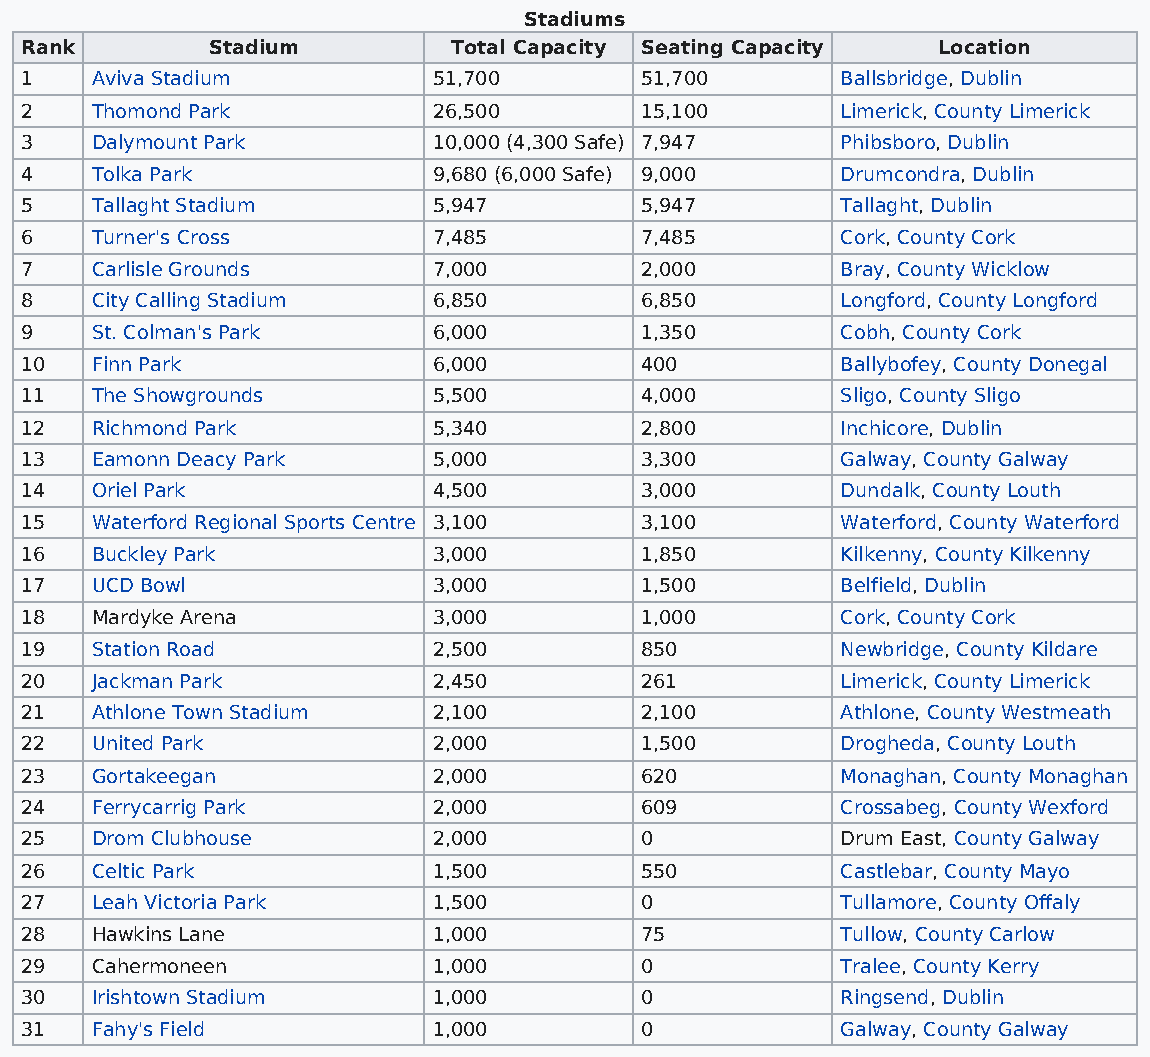
Stadiums
 Rank         Stadium         Total Capacity Seating Capacity Location
 1    Aviva Stadium          51,700       51,700        Ballsbridge, Dublin
 2    Thomond Park           26,500       15,100        Limerick, County Limerick
 3    Dalymount Park         10,000 (4,300 Safe) 7,947  Phibsboro, Dublin
 4    Tolka Park             9,680 (6,000 Safe) 9,000   Drumcondra, Dublin
 5    Tallaght Stadium       5,947        5,947         Tallaght, Dublin
 6    Turner's Cross         7,485        7,485         Cork, County Cork
 7    Carlisle Grounds       7,000        2,000         Bray, County Wicklow
 8    City Calling Stadium   6,850        6,850         Longford, County Longford
 9    St. Colman's Park      6,000        1,350         Cobh, County Cork
 10   Finn Park              6,000        400           Ballybofey, County Donegal
 11   The Showgrounds        5,500        4,000         Sligo, County Sligo
 12   Richmond Park          5,340        2,800         Inchicore, Dublin
 13   Eamonn Deacy Park      5,000        3,300         Galway, County Galway
 14   Oriel Park             4,500        3,000         Dundalk, County Louth
 15   Waterford Regional Sports Centre 3,100 3,100      Waterford, County Waterford
 16   Buckley Park           3,000        1,850         Kilkenny, County Kilkenny
 17   UCD Bowl               3,000        1,500         Belfield, Dublin
 18   Mardyke Arena          3,000        1,000         Cork, County Cork
 19   Station Road           2,500        850           Newbridge, County Kildare
 20   Jackman Park           2,450        261           Limerick, County Limerick
 21   Athlone Town Stadium   2,100        2,100         Athlone, County Westmeath
 22   United Park            2,000        1,500         Drogheda, County Louth
 23   Gortakeegan            2,000        620           Monaghan, County Monaghan
 24   Ferrycarrig Park       2,000        609           Crossabeg, County Wexford
 25   Drom Clubhouse         2,000        0             Drum East, County Galway
 26   Celtic Park            1,500        550           Castlebar, County Mayo
 27   Leah Victoria Park     1,500        0             Tullamore, County Offaly
 28   Hawkins Lane           1,000        75            Tullow, County Carlow
 29   Cahermoneen            1,000        0             Tralee, County Kerry
 30   Irishtown Stadium      1,000        0             Ringsend, Dublin
 31   Fahy's Field           1,000        0             Galway, County Galway